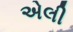
એલી